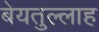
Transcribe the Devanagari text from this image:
बेयतुल्लाह